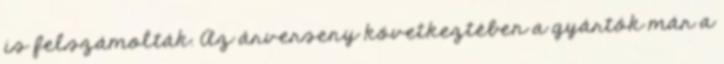
is felszámolták. Az árverseny következtében a gyártók már a